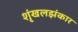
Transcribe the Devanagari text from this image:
शृंखलझंकार